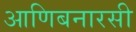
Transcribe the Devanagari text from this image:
आणिबनारसी